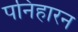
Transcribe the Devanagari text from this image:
पनिहारन